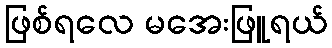
ဖြစ်ရလေ မအေးဖြူရယ်